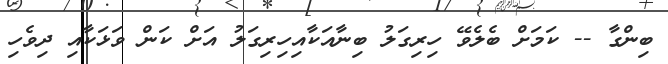
ބިންގާ -- ކަމަށް ބެލެވޭ ހިރިގަލު ބިނާއަކާއިހިރިގަލު އަށް ކަން ވަޅަކާއި ދިވެހި